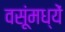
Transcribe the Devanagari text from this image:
वसूंमध्यें